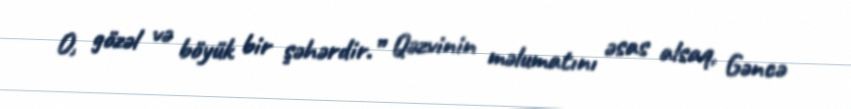
O, gözəl və böyük bir şəhərdir.” Qəzvinin məlumatını əsas alsaq, Gəncə